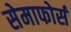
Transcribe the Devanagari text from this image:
सेमाफोर्स